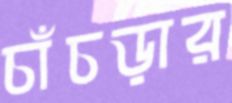
চাঁচড়ার